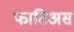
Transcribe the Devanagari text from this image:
फाटिअस